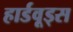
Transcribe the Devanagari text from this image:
हार्डवूड्स